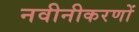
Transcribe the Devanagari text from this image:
नवीनीकरणों